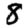
Digit: 8